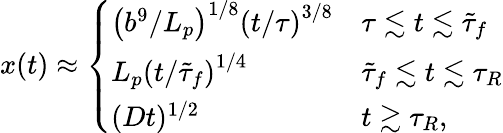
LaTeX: x(t)\approx\left\{ \begin{array}{ll}{\left({b^{9}}/{L_{p}}\right)^{1/8}\left(t/{\tau}\right)^{3/8}}&{\tau\lesssim t\lesssim\tilde{\tau}_{f}}\\ {L_{p}\left(t/{\tilde{\tau}_{f}}\right)^{1/4}}&{\tilde{\tau}_{f}\lesssim t\lesssim\tau_{R}}\\ {(Dt)^{1/2}}&{t\gtrsim\tau_{R},}\end{array}\right.